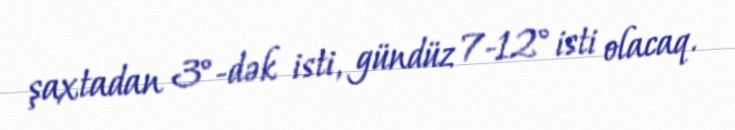
şaxtadan 3°-dək isti, gündüz 7-12° isti olacaq.